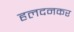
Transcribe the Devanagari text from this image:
हलदनकर